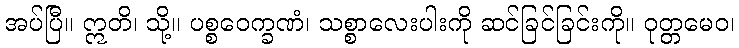
အပ်ပြီ။ ဣတိ၊ သို့။ ပစ္စဝေက္ခဏံ၊ သစ္စာလေးပါးကို ဆင်ခြင်ခြင်းကို။ ဝုတ္တမေဝ၊